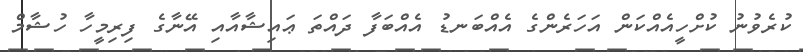
ކުރެވުނު ކުށްހީއެއްކަން އަހަރެންގެ އެއްބަނޑު އެއްބަފާ ދައްތަ ޢައިޝާއާއި އޭނާގެ ފިރިމީހާ ހުޝާމް